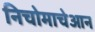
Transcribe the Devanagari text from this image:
निचोमाचेआन